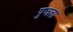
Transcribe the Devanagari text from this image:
पुजला